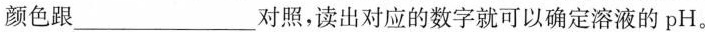
颜色跟___对照，读出对应的数字就可以确定溶液的pH。